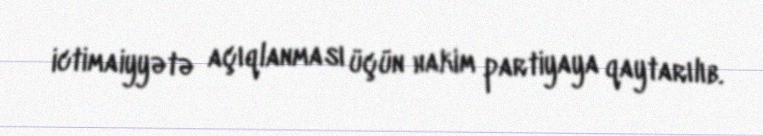
ictimaiyyətə açıqlanması üçün hakim partiyaya qaytarılıb.